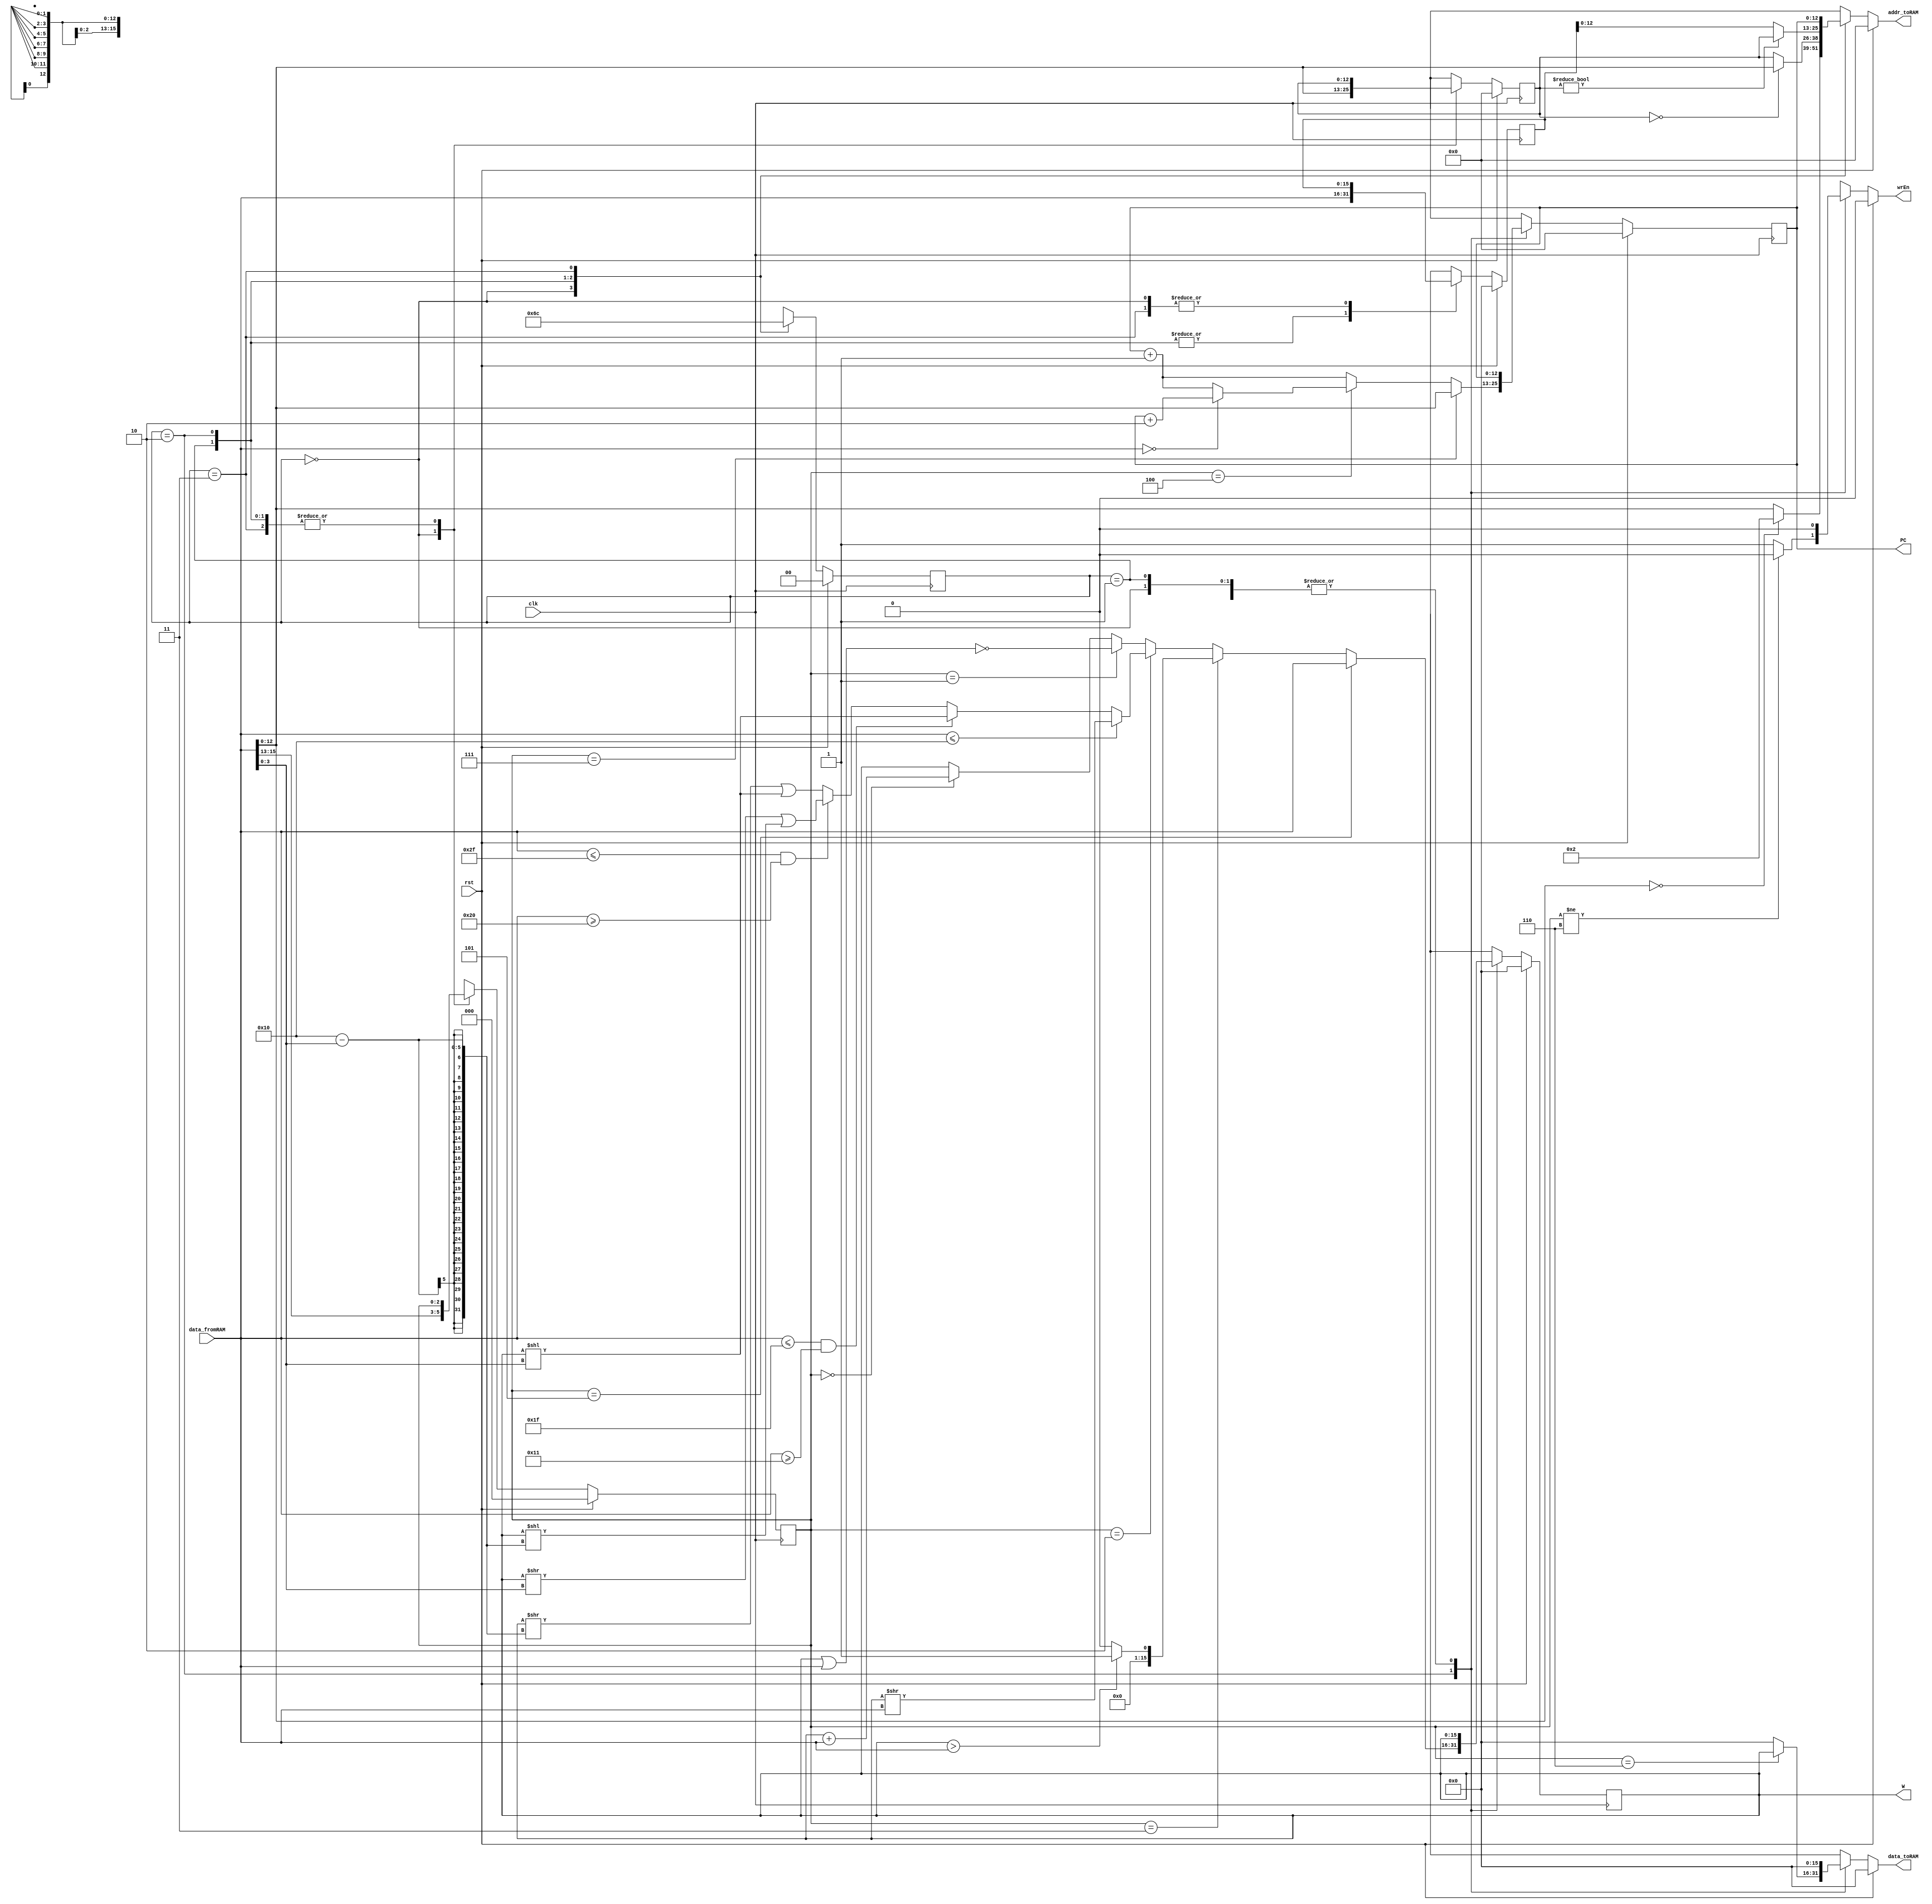
module projectCPU2020(
  clk,
  rst,
  wrEn,
  data_fromRAM,
  addr_toRAM,
  data_toRAM,
  PC,
  W
);

parameter ADD_LEN =13;

input clk, rst;

input wire [15:0] data_fromRAM;
output reg [15:0] data_toRAM;
output reg wrEn;

// 12 can be made smaller so that it fits in the FPGA
output reg [ADD_LEN-1:0] addr_toRAM;
output reg [ADD_LEN-1:0] PC; // This has been added as an output for TB purposes
output reg [15:0] W; // This has been added as an output for TB purposes

// Your design goes in here
reg [2:0] opc, opcNxt;
reg [1:0] state, stateNxt;
reg [12:0] num, numNxt;
reg [12:0] PCNxt;
reg [15:0] WNxt;
reg [15:0] starNum, starNumNxt;

always @(posedge clk)begin
	state    <= #1 stateNxt;
	PC <= #1 PCNxt;
	opc   <= #1 opcNxt;
	num <= #1 numNxt;
	W <= #1 WNxt;
	starNum <= #1 starNumNxt;
end

always@(*) begin
	stateNxt = state;
	PCNxt = PC;
	opcNxt = opc;
	numNxt = num;
	WNxt = W;
	addr_toRAM = 0;
	wrEn = 0;
	data_toRAM = 0;
	starNumNxt = starNum;
	
	if(rst)begin
		stateNxt = 0;
		opcNxt = 0;
		numNxt = 0;
		WNxt = 0;
		starNumNxt = 0;
		data_toRAM = 0;
		PCNxt = 0;
		addr_toRAM=0;
		wrEn = 0;
		end
	else begin
		case(state) 
			0:begin
			opcNxt = data_fromRAM[15:13];
			numNxt = data_fromRAM[12:0];
			 if(numNxt ==0)
				addr_toRAM = 2;
				else
				addr_toRAM = numNxt;
				
			stateNxt = 1;	
			end
			1: begin
				starNumNxt = data_fromRAM;
				addr_toRAM = num;
				if(num == 0)
				addr_toRAM = starNumNxt;
				
				stateNxt = 2;
			end
			2:begin
				starNumNxt = data_fromRAM;
				if(opc != 3'b110)
					wrEn = 0;
				else
					wrEn = 1;
				if(num != 0)
					addr_toRAM = num;
				else
					addr_toRAM =starNum;
				
				PCNxt = PC+1;
					if(opc == 3'b000)
					WNxt = W + starNumNxt;
					if(opc == 3'b001)
					WNxt = ~(W | starNumNxt);
					if(opc == 3'b010) begin
					if( starNumNxt <= 16)
						WNxt = W >> starNumNxt;
					else if ((starNumNxt <= 31) && (starNumNxt >= 17))
						WNxt = W << starNumNxt[3:0];
					else if ((starNumNxt <= 47) && ( starNumNxt >= 32))
						WNxt = ((W >> starNumNxt[3:0]) | (W << (16 - starNumNxt[3:0])));
					else
						WNxt = ((W >> (16 - starNumNxt[3:0])) | (W << starNumNxt[3:0]));
					end
					
				if(opc == 3'b011)begin
					if(W > starNumNxt)
						WNxt = 1;
					else
						WNxt = 0;
				end
				if(opc == 3'b100)begin
					if(starNumNxt == 0)
						PCNxt = PC+2;
					else
						PCNxt = PC+1;
					end
				if(opc == 3'b101)
					WNxt = starNumNxt;
				if(opc == 3'b110)
					data_toRAM = W;
				if(opc == 3'b111)
					PCNxt = starNumNxt;
				
				stateNxt = 3;
		end
		3:begin 
		addr_toRAM = PC;
		stateNxt = 0;
		end
		 default: begin
          stateNxt = 0;
          opcNxt = 0;
          numNxt = 0;
          starNumNxt = 0;
          WNxt = 0;
          data_toRAM = 0;
          PCNxt = 0;
          addr_toRAM = 0;
          wrEn = 0;
          end
		
			endcase 
		end 
	end					
endmodule